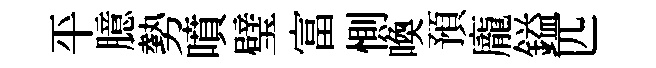
平臆勢噴璧富惻喚預龐鎰匹